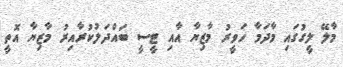
މާލޭ ލީގުގައި މާދަމާ ހަވީރު މާޒިޔާ އާއި ޓީސީ ބައްދަލުކުރާއިރު މާޒިޔާ އޮތީ